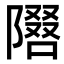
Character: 𫕓